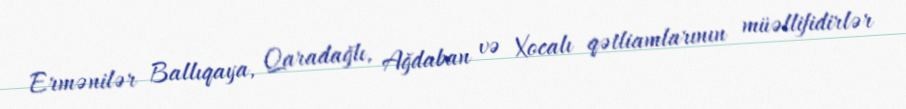
Ermənilər Ballıqaya, Qaradağlı, Ağdaban və Xocalı qətliamlarının müəllifidirlər